65_HS1-834228961_62-HQ-83894_Section_10
Agency: FBI
Page 143
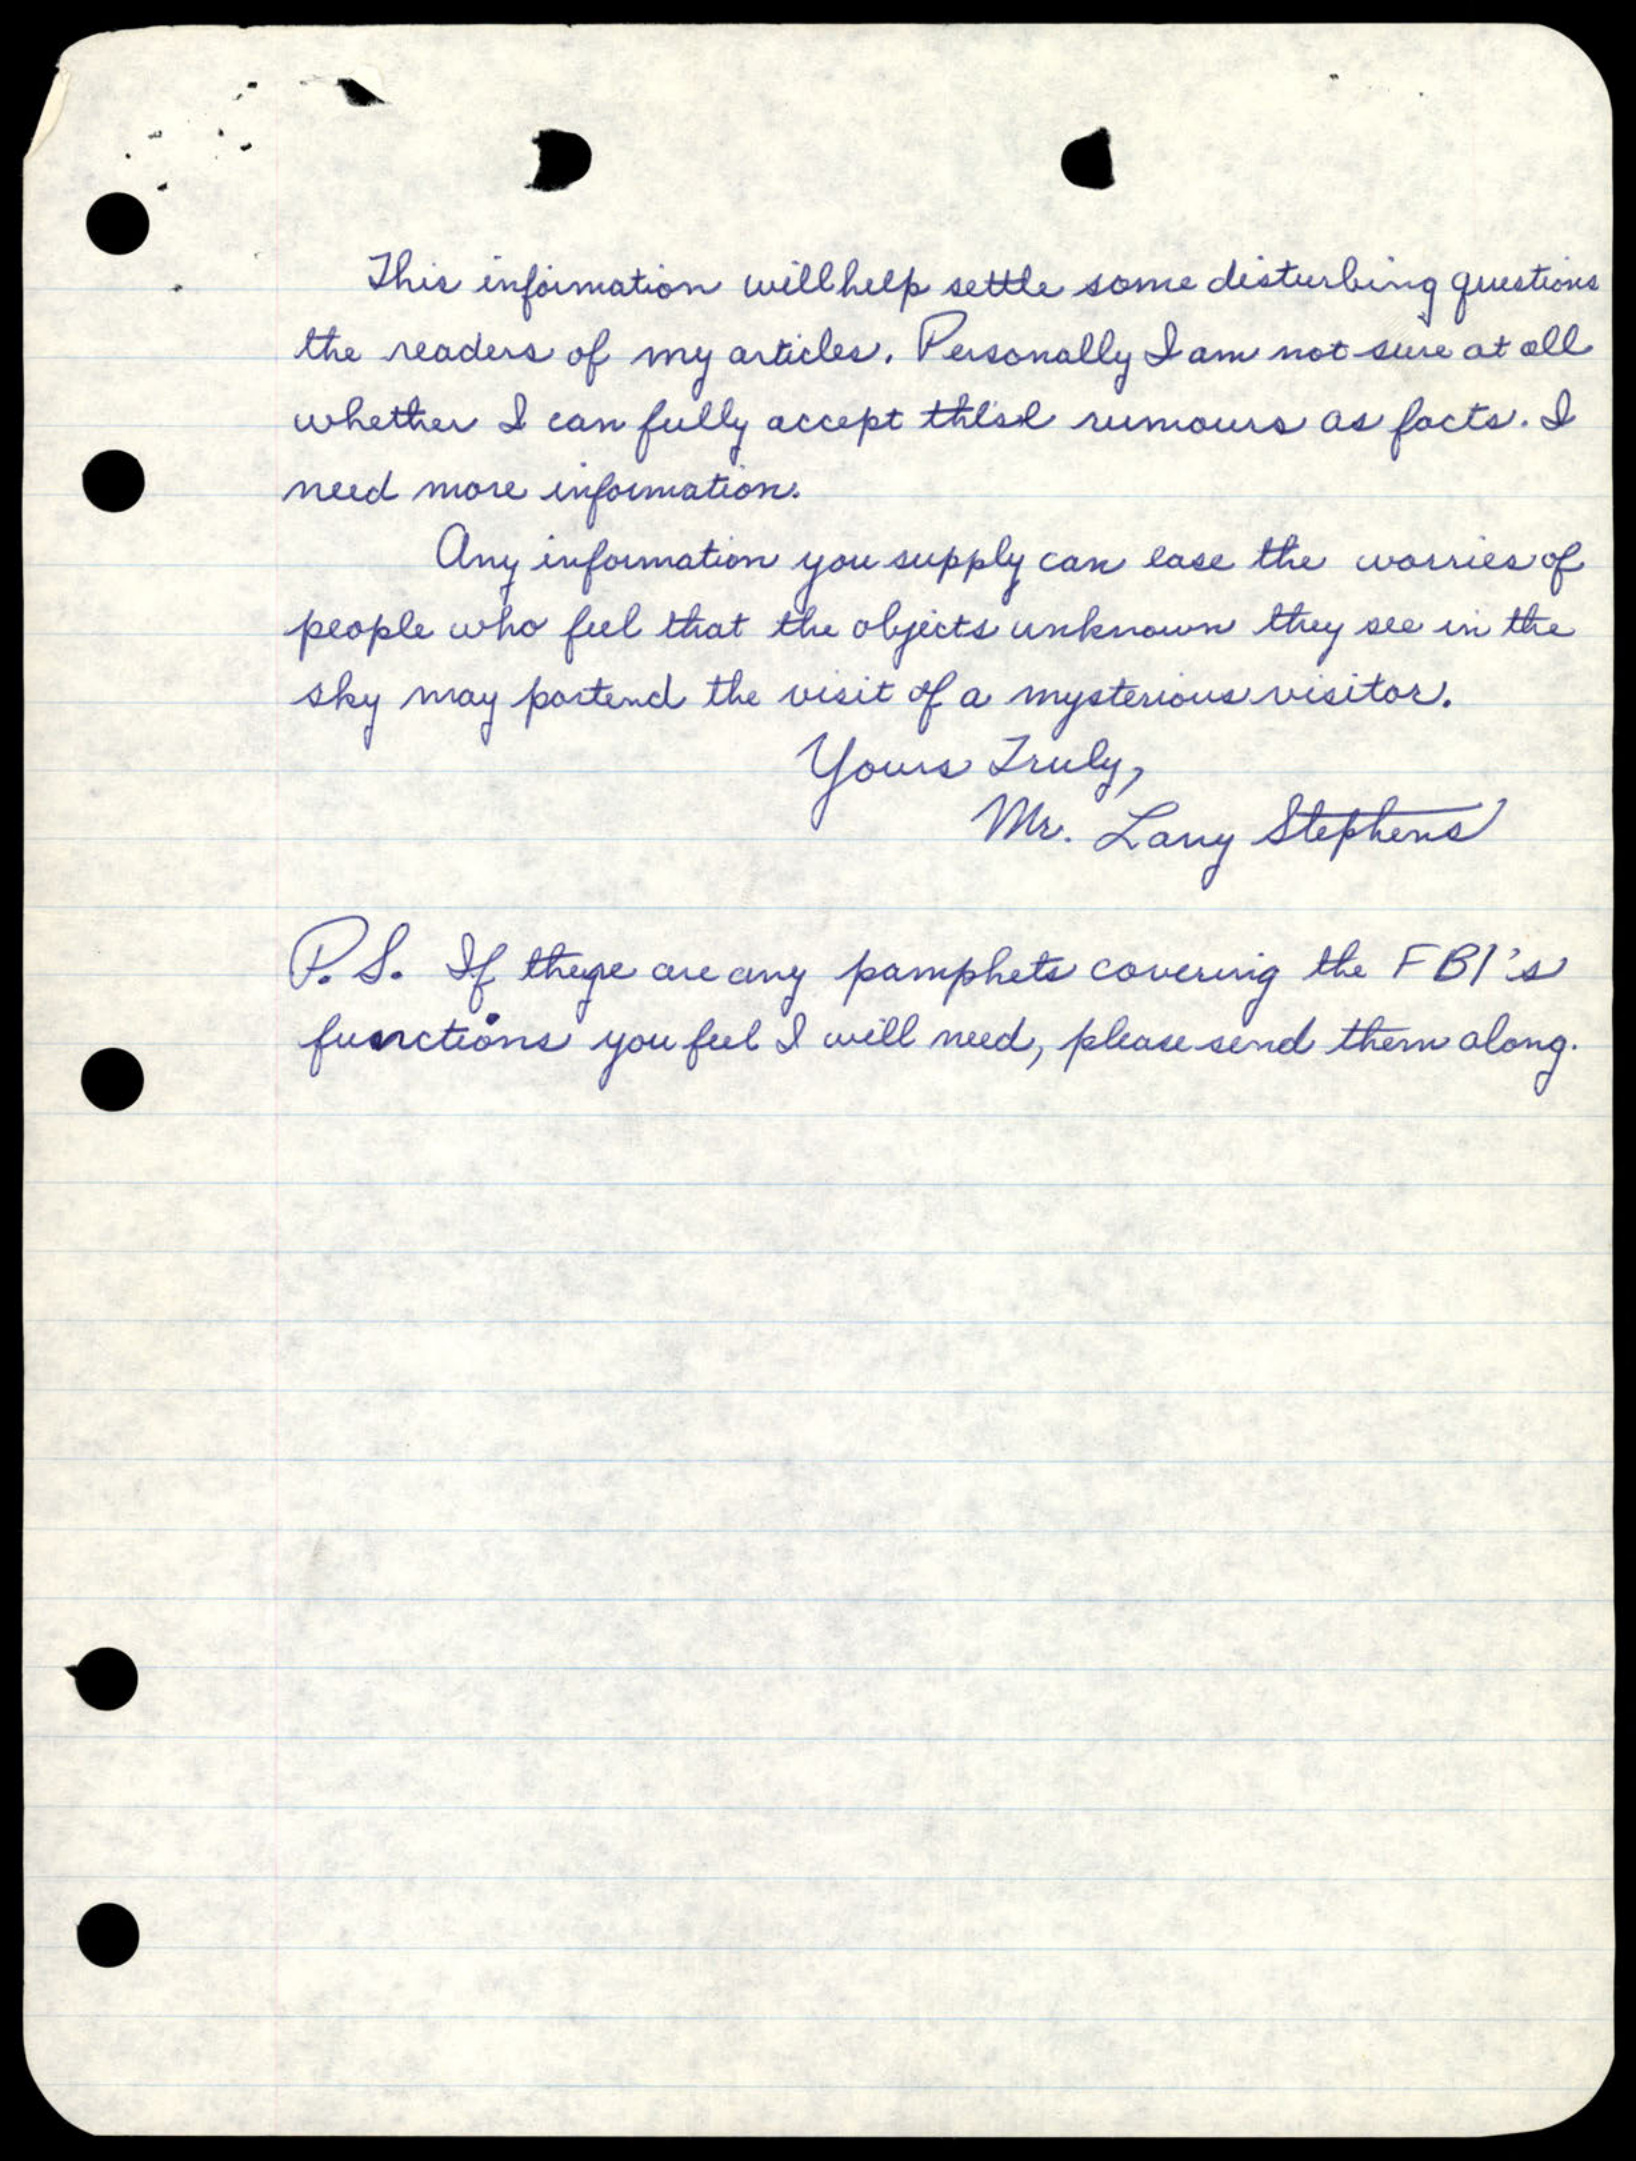